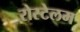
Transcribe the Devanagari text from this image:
रोस्टेलम